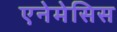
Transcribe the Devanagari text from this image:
एनेमेसिस